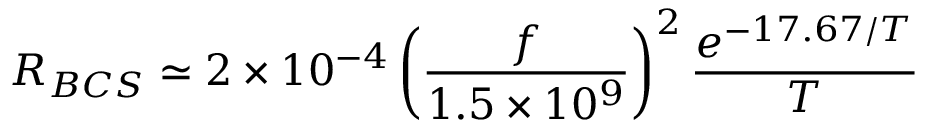
R _ { B C S } \simeq 2 \times 1 0 ^ { - 4 } \left( { \frac { f } { 1 . 5 \times 1 0 ^ { 9 } } } \right) ^ { 2 } { \frac { e ^ { - 1 7 . 6 7 / T } } { T } }